Annual report on the working of the mental hospitals in the Madras Presidency - 1912-1932
Year: 1912
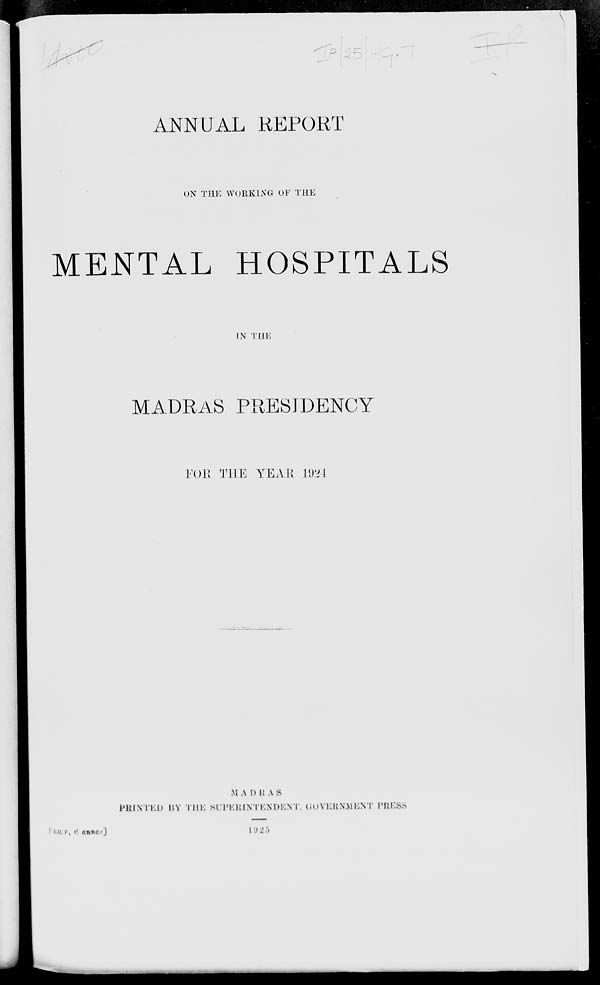
ANNUAL REPORT
ON THE WORKING OF THE
MENTAL HOSPITALS
IN THE
MADRAS PRESIDENCY
FOR THE YEAR 1924
MADRAS
PRINTED BY THE SUPERINTENDENT, GOVERNMENT PRESS.
PRICE , 6 annas. ] 1925